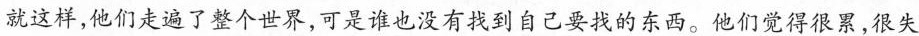
就这样，他们走遍了整个世界，可是谁也没有找到自己要找的东西。他们觉得很累，很失